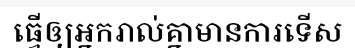
ធ្វើឲ្យអ្នករាល់គ្នាមានការទើស